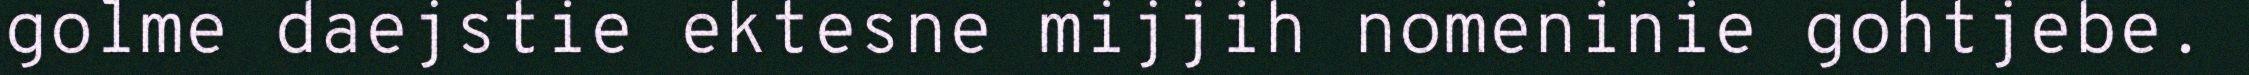
golme daejstie ektesne mijjih nomeninie gohtjebe.